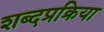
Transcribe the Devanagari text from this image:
शब्दप्रक्रिया